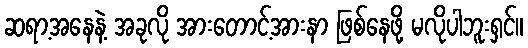
ဆရာ့အနေနဲ့ အခုလို အားတောင့်အားနာ ဖြစ်နေဖို့ မလိုပါဘူးရှင်။